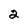
Character: 2